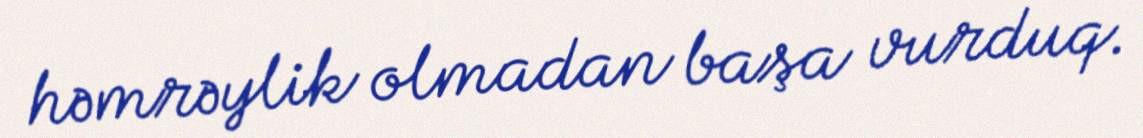
həmrəylik olmadan başa vurduq.